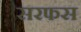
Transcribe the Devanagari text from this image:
सरफस